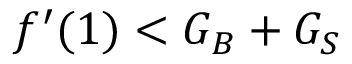
f ^ { \prime } ( 1 ) < G _ { B } + G _ { S }